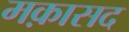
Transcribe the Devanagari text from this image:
मक़ासद